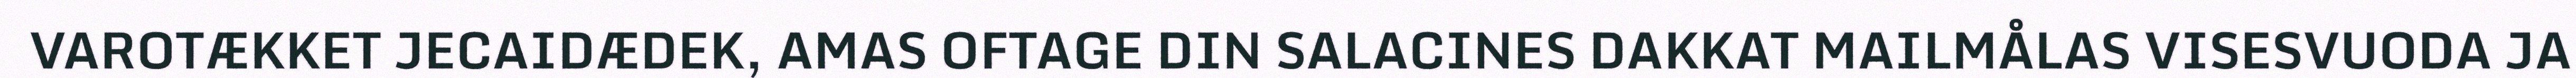
VAROTÆKKET JECAIDÆDEK, AMAS OFTAGE DIN SALACINES DAKKAT MAILMÅLAS VISESVUODA JA